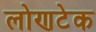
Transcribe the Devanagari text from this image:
लोणटेक